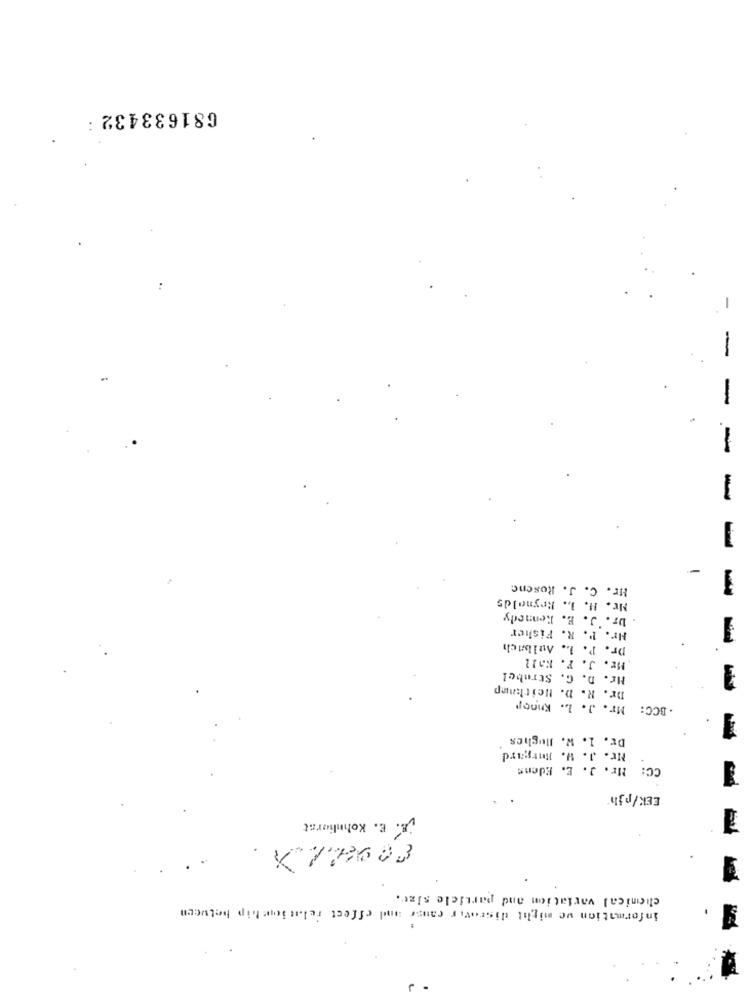
681633432 :
-
-
-
-
-
Hr. C. J. Rosenc
Mr. H. L. Reynolds
-
. Dr. J. E. Kennedy
Hr. P. R. Fisher
Dr. P. L. Aulbach
Hr. J. F. Kall
Mr. D. G. Strobel
Dr. R. D. Heitkamp
Mr. J. L. Knoop
BCC:
Dr. 1. W. Hughes
Mr. J. W. Burgard
CC: Mr. J. E. Edens
EEK/pjh
R. E. Kohnliorat
chemical variation and particle size.
information we might discover cause and effect relationship between
J